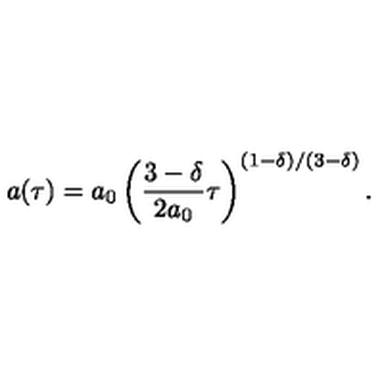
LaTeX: a ( \tau ) = a _ { 0 } \left( \frac { 3 - \delta } { 2 a _ { 0 } } \tau \right) ^ { ( 1 - \delta ) / ( 3 - \delta ) } .